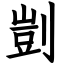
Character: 剴